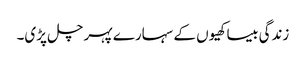
زندگی بیساکھیوں کے سہارے پہر چل پڑی۔